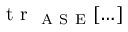
\mathrm { ~ t ~ r ~ } _ { \mathrm { ~ A ~ S ~ E ~ } } [ \dots ]